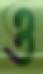
ও